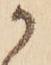
か